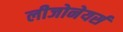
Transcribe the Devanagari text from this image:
लीजोनेयर्स